Veterinary regulations India, 1939 -
Year: 1939
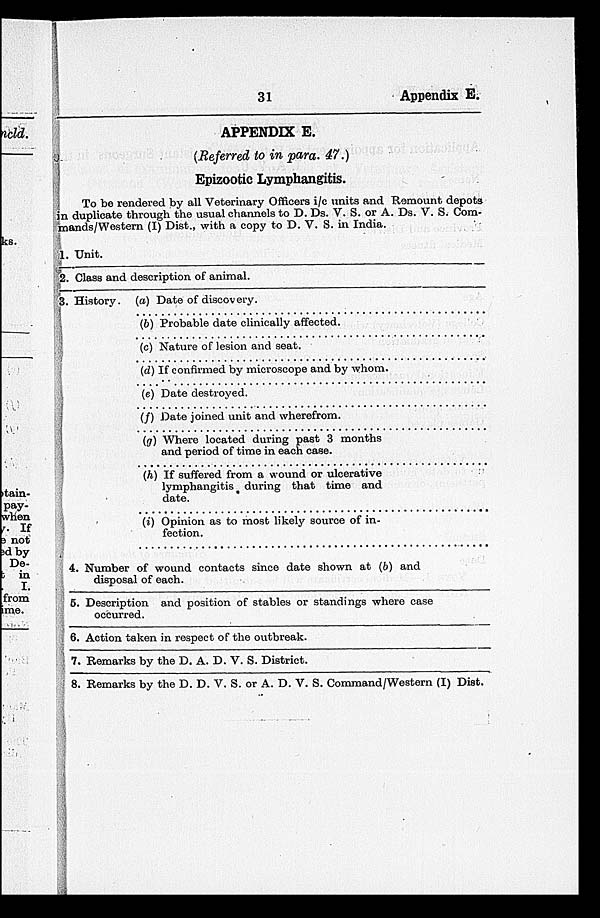
31
Appendix E.
APPENDIX E.
(Referred to in para. 47.)
Epizootic Lymphangitis.
To be rendered by all Veterinary Officers i/c units and Remount depots
in duplicate through the usual channels to D. Ds. V. S. or A. Ds. V. S. Com-
mands/Western (I) Dist., with a copy to D. V. S. in India.
1. Unit.
2. Class and description of animal.
3. History. (a) Date of discovery.
(b) Probable date clinically affected.
(c) Nature of lesion and seat.
(d) If confirmed by microscope and by whom.
(e) Date destroyed.
(f) Date joined unit and wherefrom.
(g) Where located during past 3 months
and period of time in each case.
(h) If suffered from a wound or ulcerative
lymphangitis during that time and
date.
(i) Opinion as to most likely source of in-
fection.
4. Number of wound contacts since date shown at (b) and
disposal of each.
5. Description and position of stables or standings where ease
occurred.
6. Action taken in respect of the outbreak.
7. Remarks by the D. A. D. V. S. District.
8. Remarks by the D. D. V. S. or A. D. V. S. Command/Western (I) Dist.